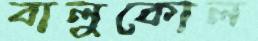
বালুকোল